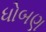
ધોબણ